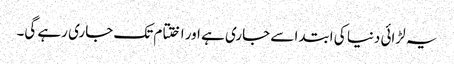
یہ لڑائی دنیا کی ابتدا سے جاری ہے اور اختتام تک جاری رہے گی۔